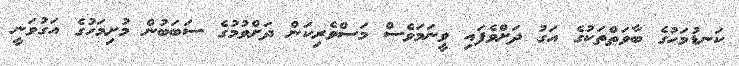
ކަނޑުމަހުގެ ބާވަތްތަކުގެ އަގު ދަށްވެފައި ވީނަމަވެސް މަސްވެރިކަން ދަށްވުމުގެ ސަބަބުން މުށިމަހުގެ އަގުވަނީ